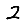
Digit: 2